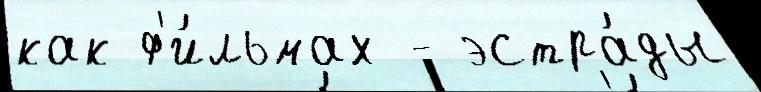
как ф'и́льмах - эстра́ды